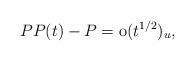
LaTeX: \begin{align*}PP(t)-P=\mathrm{o}(t^{1/2})_u,\end{align*}